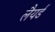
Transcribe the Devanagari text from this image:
लैयर्ड